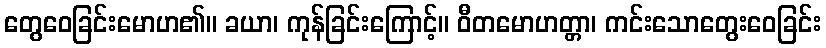
တွေဝေခြင်းမောဟ၏။ ခယာ၊ ကုန်ခြင်းကြောင့်။ ဝီတမောဟတ္တာ၊ ကင်းသောတွေးဝေခြင်း